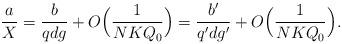
LaTeX: \begin{align*}\frac{a}{X}=\frac{b}{q d g}+O\Bigl(\frac{1}{N K Q_0}\Bigr)=\frac{b'}{q' d g'}+O\Bigl(\frac{1}{N K Q_0}\Bigr).\end{align*}